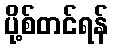
ပို့စ်တင်ရန်